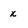
Character: x